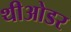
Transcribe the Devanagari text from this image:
थीओडर